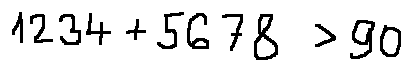
1 2 3 4 + 5 6 7 8 > 9 0